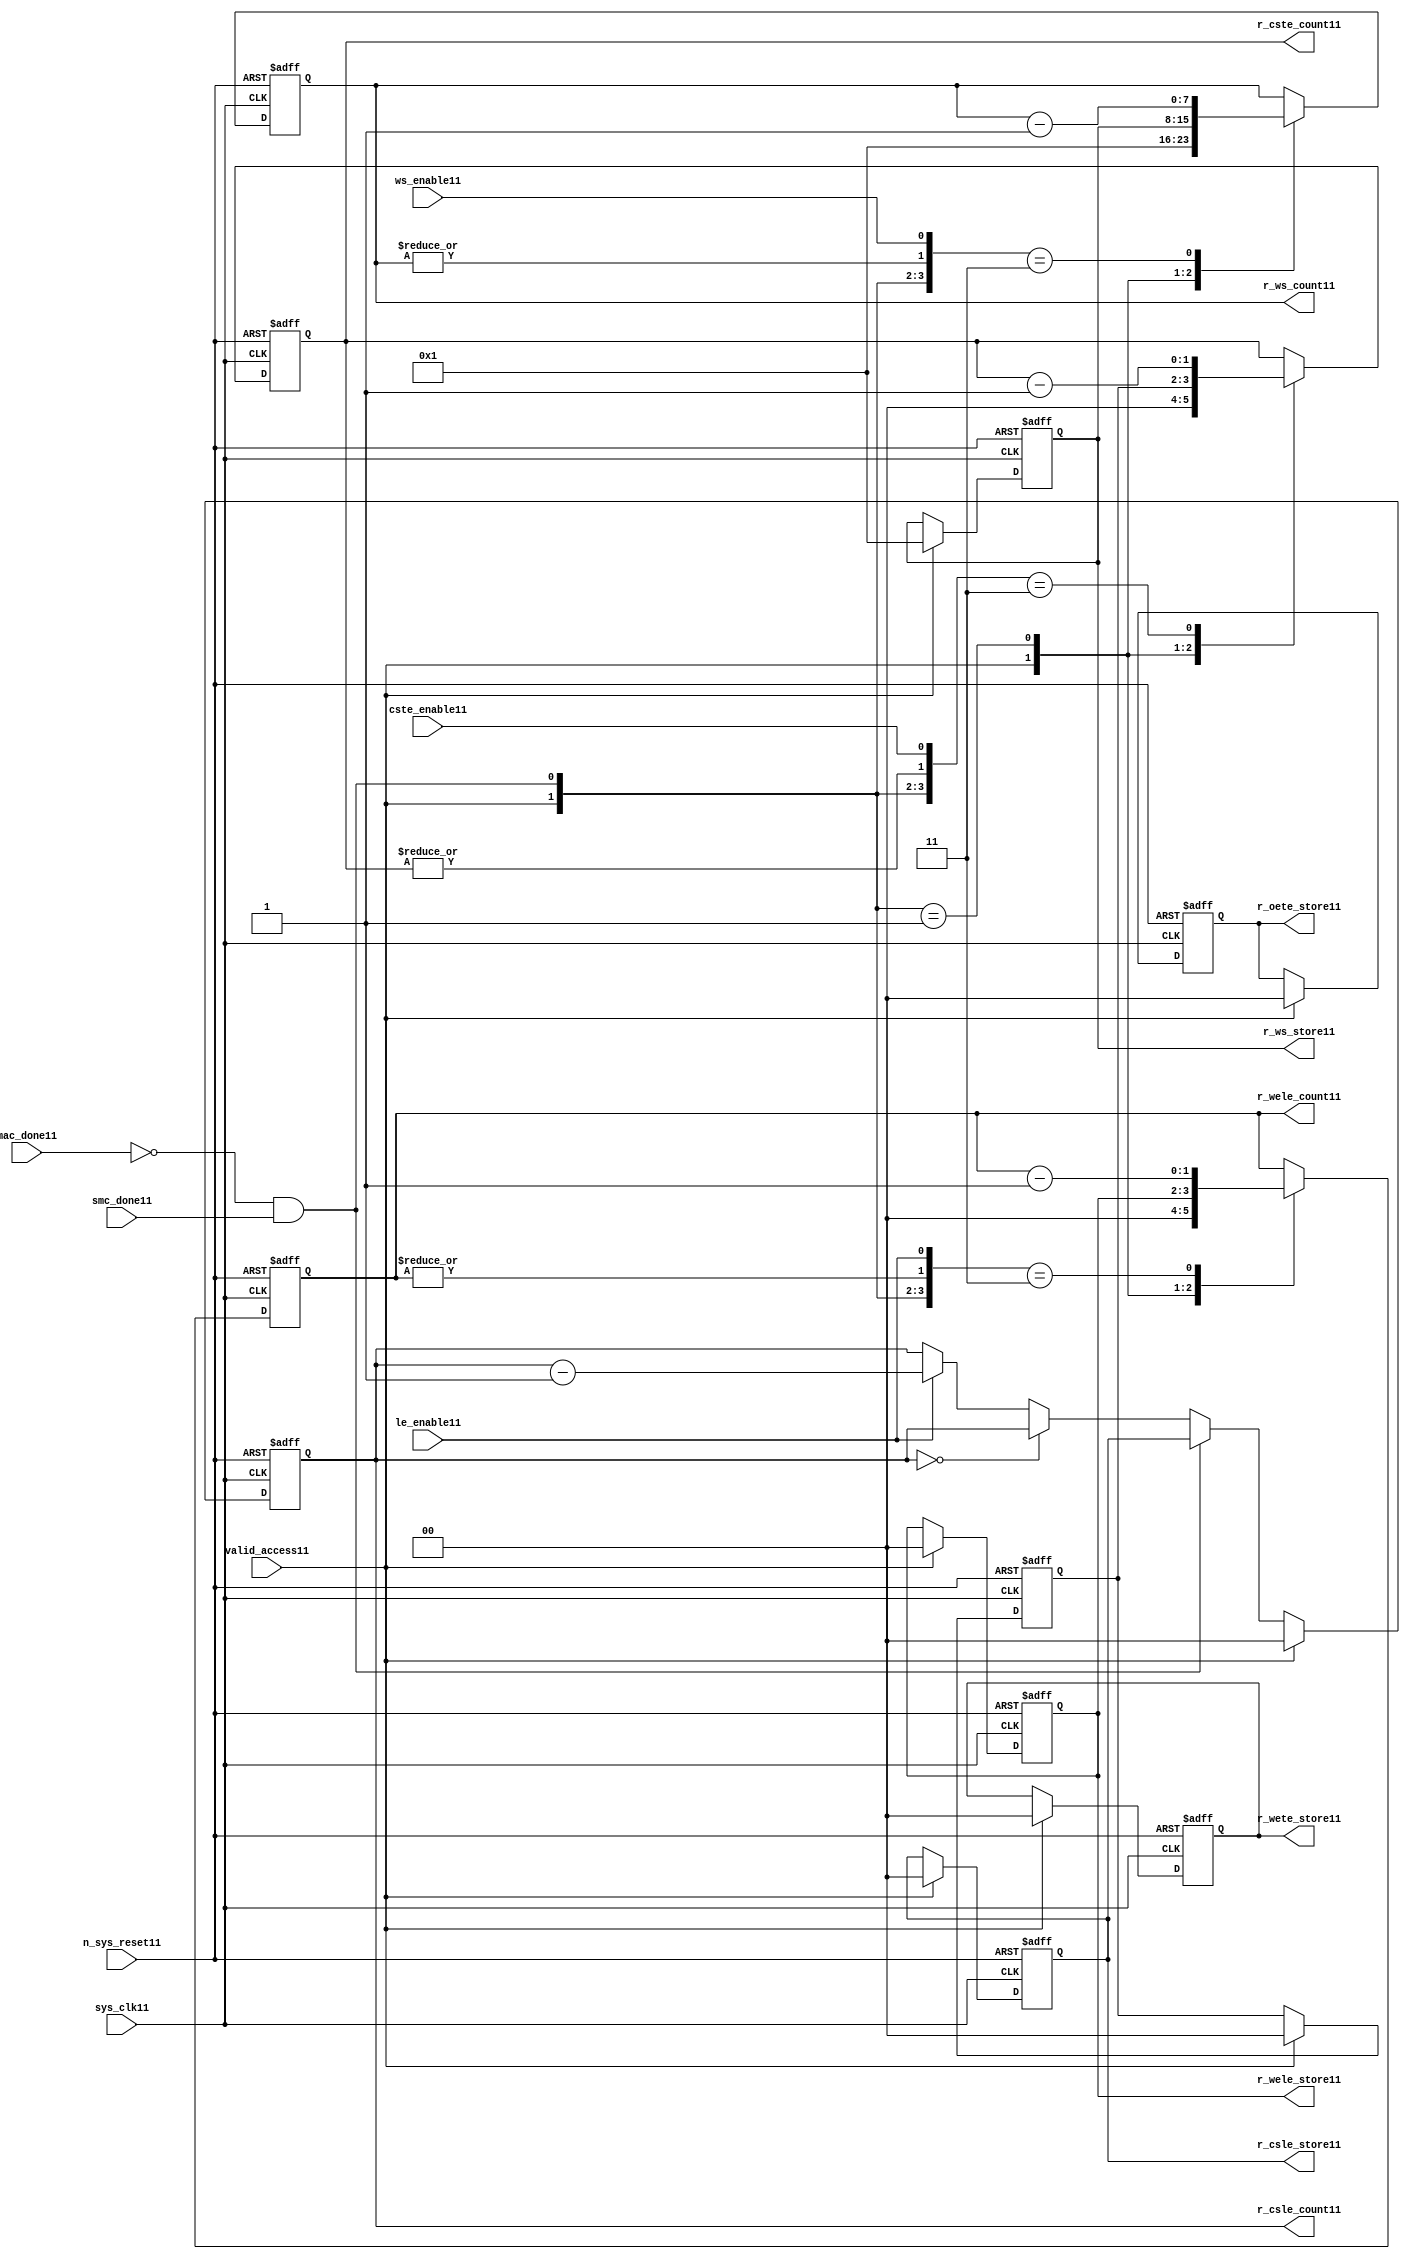
//File11 name   : smc_counter_lite11.v
//Title11       : 
//Created11     : 1999
//Description11 : Counter11 block.
//            : Static11 Memory Controller11.
//            : The counter block provides11 generates11 all cycle timings11
//            : The leading11 edge counts11 are individual11 2bit, loadable11,
//            : counters11. The wait state counter is a count down
//            : counter with a maximum size of 5 bits. The trailing11
//            : edge counts11 are registered for comparison11 with the
//            : wait state counter. The bus float11 (CSTE11) is a
//            : separate11 2bit counter. The initial count values are
//            : stored11 and reloaded11 into the counters11 if multiple
//            : accesses are required11.
//Notes11       : 
//----------------------------------------------------------------------
//   Copyright11 1999-2010 Cadence11 Design11 Systems11, Inc11.
//   All Rights11 Reserved11 Worldwide11
//
//   Licensed11 under the Apache11 License11, Version11 2.0 (the
//   "License11"); you may not use this file except11 in
//   compliance11 with the License11.  You may obtain11 a copy of
//   the License11 at
//
//       http11://www11.apache11.org11/licenses11/LICENSE11-2.0
//
//   Unless11 required11 by applicable11 law11 or agreed11 to in
//   writing, software11 distributed11 under the License11 is
//   distributed11 on an "AS11 IS11" BASIS11, WITHOUT11 WARRANTIES11 OR11
//   CONDITIONS11 OF11 ANY11 KIND11, either11 express11 or implied11.  See
//   the License11 for the specific11 language11 governing11
//   permissions11 and limitations11 under the License11.
//----------------------------------------------------------------------


module smc_counter_lite11  (
                     //inputs11

                     sys_clk11,
                     n_sys_reset11,
                     valid_access11,
                     mac_done11, 
                     smc_done11, 
                     cste_enable11, 
                     ws_enable11,
                     le_enable11, 

                     //outputs11

                     r_csle_count11,
                     r_wele_count11,
                     r_ws_count11,
                     r_ws_store11,
                     r_oete_store11,
                     r_wete_store11,
                     r_wele_store11,
                     r_cste_count11,
                     r_csle_store11);
   

//----------------------------------------------------------------------
// the Wait11 State11 Counter11
//----------------------------------------------------------------------
   
   
   // I11/O11
   
   input     sys_clk11;                  // AHB11 System11 clock11
   input     n_sys_reset11;              // AHB11 System11 reset (Active11 LOW11)
   
   input     valid_access11;             // load11 values are valid if high11
   input     mac_done11;                 // All cycles11 in a multiple access

   //  completed
   
   input                 smc_done11;   // one access completed
   input                 cste_enable11;// Enable11 CS11 Trailing11 Edge11 counter
   input                 ws_enable11;  // Enable11 Wait11 State11 counter
   input                 le_enable11;  // Enable11 all Leading11 Edge11 counters11
   
   // Counter11 outputs11
   
   output [1:0]             r_csle_count11;  //chip11 select11 leading11
                                             //  edge count
   output [1:0]             r_wele_count11;  //write strobe11 leading11 
                                             // edge count
   output [7:0] r_ws_count11;    //wait state count
   output [1:0]             r_cste_count11;  //chip11 select11 trailing11 
                                             // edge count
   
   // Stored11 counts11 for MAC11
   
   output [1:0]             r_oete_store11;  //read strobe11
   output [1:0]             r_wete_store11;  //write strobe11 trailing11 
                                              // edge store11
   output [7:0] r_ws_store11;    //wait state store11
   output [1:0]             r_wele_store11;  //write strobe11 leading11
                                             //  edge store11
   output [1:0]             r_csle_store11;  //chip11 select11  leading11
                                             //  edge store11
   
   
   // Counters11
   
   reg [1:0]             r_csle_count11;  // Chip11 select11 LE11 counter
   reg [1:0]             r_wele_count11;  // Write counter
   reg [7:0] r_ws_count11;    // Wait11 state select11 counter
   reg [1:0]             r_cste_count11;  // Chip11 select11 TE11 counter
   
   
   // These11 strobes11 finish early11 so no counter is required11. 
   // The stored11 value is compared with WS11 counter to determine11 
   // when the strobe11 should end.

   reg [1:0]    r_wete_store11;    // Write strobe11 TE11 end time before CS11
   reg [1:0]    r_oete_store11;    // Read strobe11 TE11 end time before CS11
   
   
   // The following11 four11 regisrers11 are used to store11 the configuration
   // during mulitple11 accesses. The counters11 are reloaded11 from these11
   // registers before each cycle.
   
   reg [1:0]             r_csle_store11;    // Chip11 select11 LE11 store11
   reg [1:0]             r_wele_store11;    // Write strobe11 LE11 store11
   reg [7:0] r_ws_store11;      // Wait11 state store11
   reg [1:0]             r_cste_store11;    // Chip11 Select11 TE11 delay
                                          //  (Bus11 float11 time)

   // wires11 used for meeting11 coding11 standards11
   
   wire         ws_count11;      //ORed11 r_ws_count11
   wire         wele_count11;    //ORed11 r_wele_count11
   wire         cste_count11;    //ORed11 r_cste_count11
   wire         mac_smc_done11;  //ANDed11 smc_done11 and not(mac_done11)
   wire [4:0]   case_cste11;     //concatenated11 signals11 for case statement11
   wire [4:0]   case_wele11;     //concatenated11 signals11 for case statement11
   wire [4:0]   case_ws11;       //concatenated11 signals11 for case statement11
   
   
   
   // Main11 Code11
   
//----------------------------------------------------------------------
// Counters11 (& Count11 Store11 for MAC11)
//----------------------------------------------------------------------


//----------------------------------------------------------------------
// WETE11 Store11
//----------------------------------------------------------------------

always @(posedge sys_clk11 or negedge n_sys_reset11)

begin   

   if (~(n_sys_reset11))
     
      r_wete_store11 <= 2'b00;
   
   
   else if (valid_access11)
     
      r_wete_store11 <= 2'b0;
   
   else
     
      r_wete_store11 <= r_wete_store11;

end
   
//----------------------------------------------------------------------
// OETE11 Store11
//----------------------------------------------------------------------

always @(posedge sys_clk11 or negedge n_sys_reset11)

begin   

   if (~(n_sys_reset11))
     
      r_oete_store11 <= 2'b00;
   
   
   else if (valid_access11)
     
      r_oete_store11 <= 2'b0;
   
   else

      r_oete_store11 <= r_oete_store11;

end
   
//----------------------------------------------------------------------
// CSLE11 Store11
//----------------------------------------------------------------------

always @(posedge sys_clk11 or negedge n_sys_reset11)

begin   

   if (~(n_sys_reset11))
     
      r_csle_store11 <= 2'b00;
   
   
   else if (valid_access11)
     
      r_csle_store11 <= 2'b00;
   
   else
     
      r_csle_store11 <= r_csle_store11;

end
   
//----------------------------------------------------------------------
// CSLE11 Counter11
//----------------------------------------------------------------------

always @(posedge sys_clk11 or negedge n_sys_reset11)

begin   

   if (~(n_sys_reset11))
     
      r_csle_count11 <= 2'b00;
   
   
   else
   begin
        
      if (valid_access11)
        
         r_csle_count11 <= 2'b00;
      
      else if (~(mac_done11) & smc_done11)
        
         r_csle_count11 <= r_csle_store11;
      
      else if (r_csle_count11 == 2'b00)
        
         r_csle_count11 <= r_csle_count11;
      
      else if (le_enable11)               
        
         r_csle_count11 <= r_csle_count11 - 2'd1;
      
      else
        
          r_csle_count11 <= r_csle_count11;
      
     end

end
   
   
//----------------------------------------------------------------------
// CSTE11 Store11
//----------------------------------------------------------------------

always @(posedge sys_clk11 or negedge n_sys_reset11)

begin   

   if (~(n_sys_reset11))

      r_cste_store11 <= 2'b00;

   else if (valid_access11)

      r_cste_store11 <= 2'b0;

   else

      r_cste_store11 <= r_cste_store11;

end
   
   
   
//----------------------------------------------------------------------
//concatenation11 of signals11 to avoid using nested11 ifs11
//----------------------------------------------------------------------

 assign mac_smc_done11 = (~(mac_done11) & smc_done11);
 assign cste_count11   = (|r_cste_count11);           //checks11 for count = 0
 assign case_cste11   = {1'b0,valid_access11,mac_smc_done11,cste_count11,
                       cste_enable11};
   
//----------------------------------------------------------------------
//CSTE11 COUNTER11
//----------------------------------------------------------------------

always @(posedge sys_clk11 or negedge n_sys_reset11)

begin   

   if (~(n_sys_reset11))

      r_cste_count11 <= 2'b00;

   else 
   begin
      casex(case_cste11)
           
        5'b1xxxx:        r_cste_count11 <= r_cste_count11;

        5'b01xxx:        r_cste_count11 <= 2'b0;

        5'b001xx:        r_cste_count11 <= r_cste_store11;

        5'b0000x:        r_cste_count11 <= r_cste_count11;

        5'b00011:        r_cste_count11 <= r_cste_count11 - 2'd1;

        default :        r_cste_count11 <= r_cste_count11;

      endcase // casex(w_cste_case11)
      
   end
   
end

//----------------------------------------------------------------------
// WELE11 Store11
//----------------------------------------------------------------------

always @(posedge sys_clk11 or negedge n_sys_reset11)

begin   

   if (~(n_sys_reset11))

      r_wele_store11 <= 2'b00;


   else if (valid_access11)

      r_wele_store11 <= 2'b00;

   else

      r_wele_store11 <= r_wele_store11;

end
   
   
   
//----------------------------------------------------------------------
//concatenation11 of signals11 to avoid using nested11 ifs11
//----------------------------------------------------------------------
   
   assign wele_count11   = (|r_wele_count11);         //checks11 for count = 0
   assign case_wele11   = {1'b0,valid_access11,mac_smc_done11,wele_count11,
                         le_enable11};
   
//----------------------------------------------------------------------
// WELE11 Counter11
//----------------------------------------------------------------------

always @(posedge sys_clk11 or negedge n_sys_reset11)

begin   
   if (~(n_sys_reset11))

      r_wele_count11 <= 2'b00;

   else
   begin

      casex(case_wele11)

        5'b1xxxx :  r_wele_count11 <= r_wele_count11;

        5'b01xxx :  r_wele_count11 <= 2'b00;

        5'b001xx :  r_wele_count11 <= r_wele_store11;

        5'b0000x :  r_wele_count11 <= r_wele_count11;

        5'b00011 :  r_wele_count11 <= r_wele_count11 - (2'd1);

        default  :  r_wele_count11 <= r_wele_count11;

      endcase // casex(case_wele11)

   end

end
   
//----------------------------------------------------------------------
// WS11 Store11
//----------------------------------------------------------------------

always @(posedge sys_clk11 or negedge n_sys_reset11)
  
begin   

   if (~(n_sys_reset11))

      r_ws_store11 <= 8'd0;


   else if (valid_access11)

      r_ws_store11 <= 8'h01;

   else

      r_ws_store11 <= r_ws_store11;

end
   
   
   
//----------------------------------------------------------------------
//concatenation11 of signals11 to avoid using nested11 ifs11
//----------------------------------------------------------------------
   
   assign ws_count11   = (|r_ws_count11); //checks11 for count = 0
   assign case_ws11   = {1'b0,valid_access11,mac_smc_done11,ws_count11,
                       ws_enable11};
   
//----------------------------------------------------------------------
// WS11 Counter11
//----------------------------------------------------------------------

always @(posedge sys_clk11 or negedge n_sys_reset11)

begin   

   if (~(n_sys_reset11))

      r_ws_count11 <= 8'd0;

   else  
   begin
   
      casex(case_ws11)
 
         5'b1xxxx :  
            r_ws_count11 <= r_ws_count11;
        
         5'b01xxx :
            r_ws_count11 <= 8'h01;
        
         5'b001xx :  
            r_ws_count11 <= r_ws_store11;
        
         5'b0000x :  
            r_ws_count11 <= r_ws_count11;
        
         5'b00011 :  
            r_ws_count11 <= r_ws_count11 - 8'd1;
        
         default  :  
            r_ws_count11 <= r_ws_count11;

      endcase // casex(case_ws11)
      
   end
   
end  
   
   
endmodule